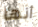
أنها